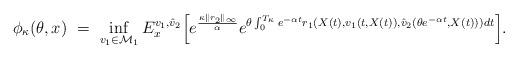
LaTeX: \begin{align*}\phi_{\kappa}(\theta, x) \ = \ \inf_{v_1 \in {\mathcal M}_1}E^{v_1, \hat v_2}_x \Big[e^{\frac{\kappa \|r_2\|_{\infty}}{\alpha}} e^{\theta \int^{T_\kappa}_0 e^{-\alpha t} r_1(X(t), v_1( t,X(t)), \hat v_2(\theta e^{- \alpha t}, X(t)))dt}\Big].\end{align*}